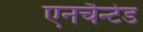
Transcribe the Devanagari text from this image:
एनचैन्टेड